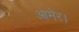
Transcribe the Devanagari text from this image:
आमेर।